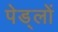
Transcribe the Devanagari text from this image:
पेड्लों